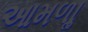
આમળાૢ